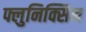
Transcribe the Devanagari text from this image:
फ्लुनिक्सिन